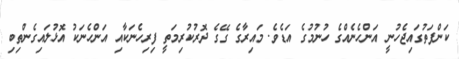
ކަންފަތުގައިޖެހުނީ އަންހެނެއްގެ ހުނުމުގެ އަޑެވެ. މައިރާގެ ގޭގެ ދޮރުކުރިމަތީ ފިރިހެނަކާއި އަންހެނަކު އޮޅުލައިގެންތިބި